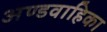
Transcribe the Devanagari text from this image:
अण्डवाहिका